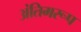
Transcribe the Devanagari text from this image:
अंतिमरूप